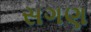
સગણ